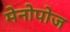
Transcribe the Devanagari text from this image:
मेनोपोज